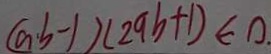
( a \cdot b - 1 ) ( 2 9 b + 1 ) \epsilon 0 .